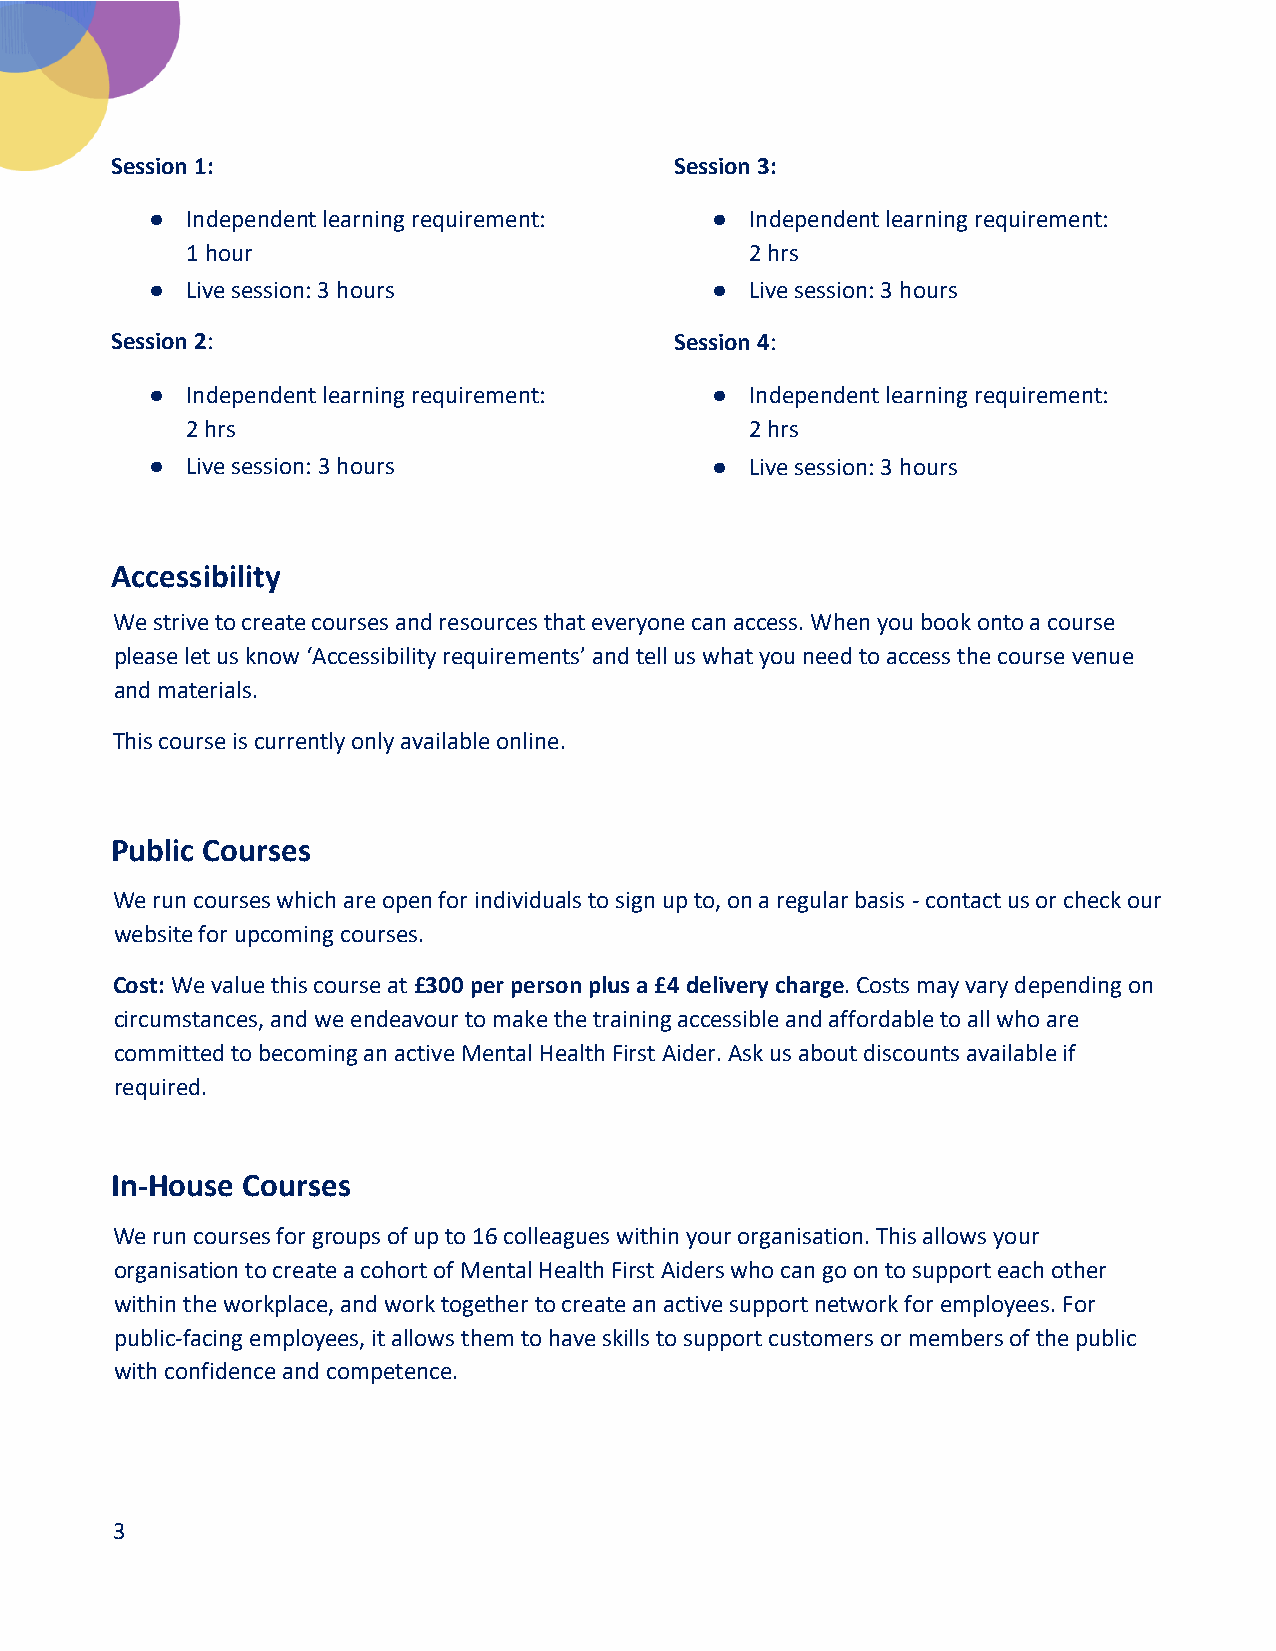
Session 1:                            Session 3:
 ● Independent learning requirement:  ●  Independent learning requirement:
 1 hour                                2 hrs
 ● Live session: 3 hours              ●  Live session: 3 hours
 Session 2:                            Session 4:
 ● Independent learning requirement:  ●  Independent learning requirement:
 2 hrs                                 2 hrs
 ● Live session: 3 hours              ●  Live session: 3 hours
 Accessibility
 We strive to create courses and resources that everyone can access. When you book onto a course
 please let us know ‘Accessibility requirements’ and tell us what you need to access the course venue
 and materials.
 This course is currently only available online.
 Public Courses
 We run courses which are open for individuals to sign up to, on a regular basis - contact us or check our
 website for upcoming courses.
 Cost: We value this course at £300 per person plus a £4 delivery charge. Costs may vary depending on
 circumstances, and we endeavour to make the training accessible and affordable to all who are
 committed to becoming an active Mental Health First Aider. Ask us about discounts available if
 required.
 In-House Courses
 We run courses for groups of up to 16 colleagues within your organisation. This allows your
 organisation to create a cohort of Mental Health First Aiders who can go on to support each other
 within the workplace, and work together to create an active support network for employees. For
 public-facing employees, it allows them to have skills to support customers or members of the public
 with confidence and competence.
 3